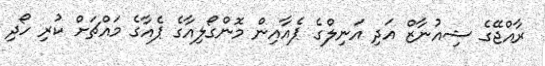
ރާއްޖޭގެ ޝިއުނާޒް އަދި އަނިލްގެ ޕެއާއިން މޮންގޯލިއާގެ ޕެއާގެ މައްޗަށް ކުރި ހޯދި